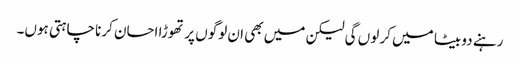
رہنے دو بیٹا میں کر لوں گی لیکن میں بھی ان لوگوں پر تھوڑا احسان کرنا چاہتی ہوں۔